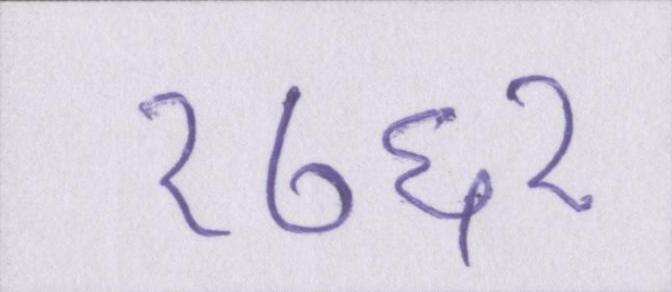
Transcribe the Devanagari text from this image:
१७६१